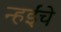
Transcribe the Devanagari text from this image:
न्हईंचे